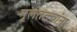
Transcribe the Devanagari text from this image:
मूलतत्त्वांना